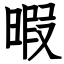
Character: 暇